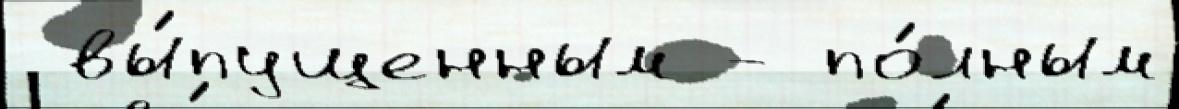
 вы́пущенным - по́лным